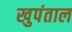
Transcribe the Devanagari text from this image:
खुपंताल